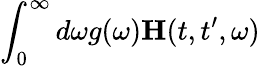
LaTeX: \int_{0}^{\infty}d\omega g(\omega)\mathbf{{H}}(t,t^{\prime},\omega)